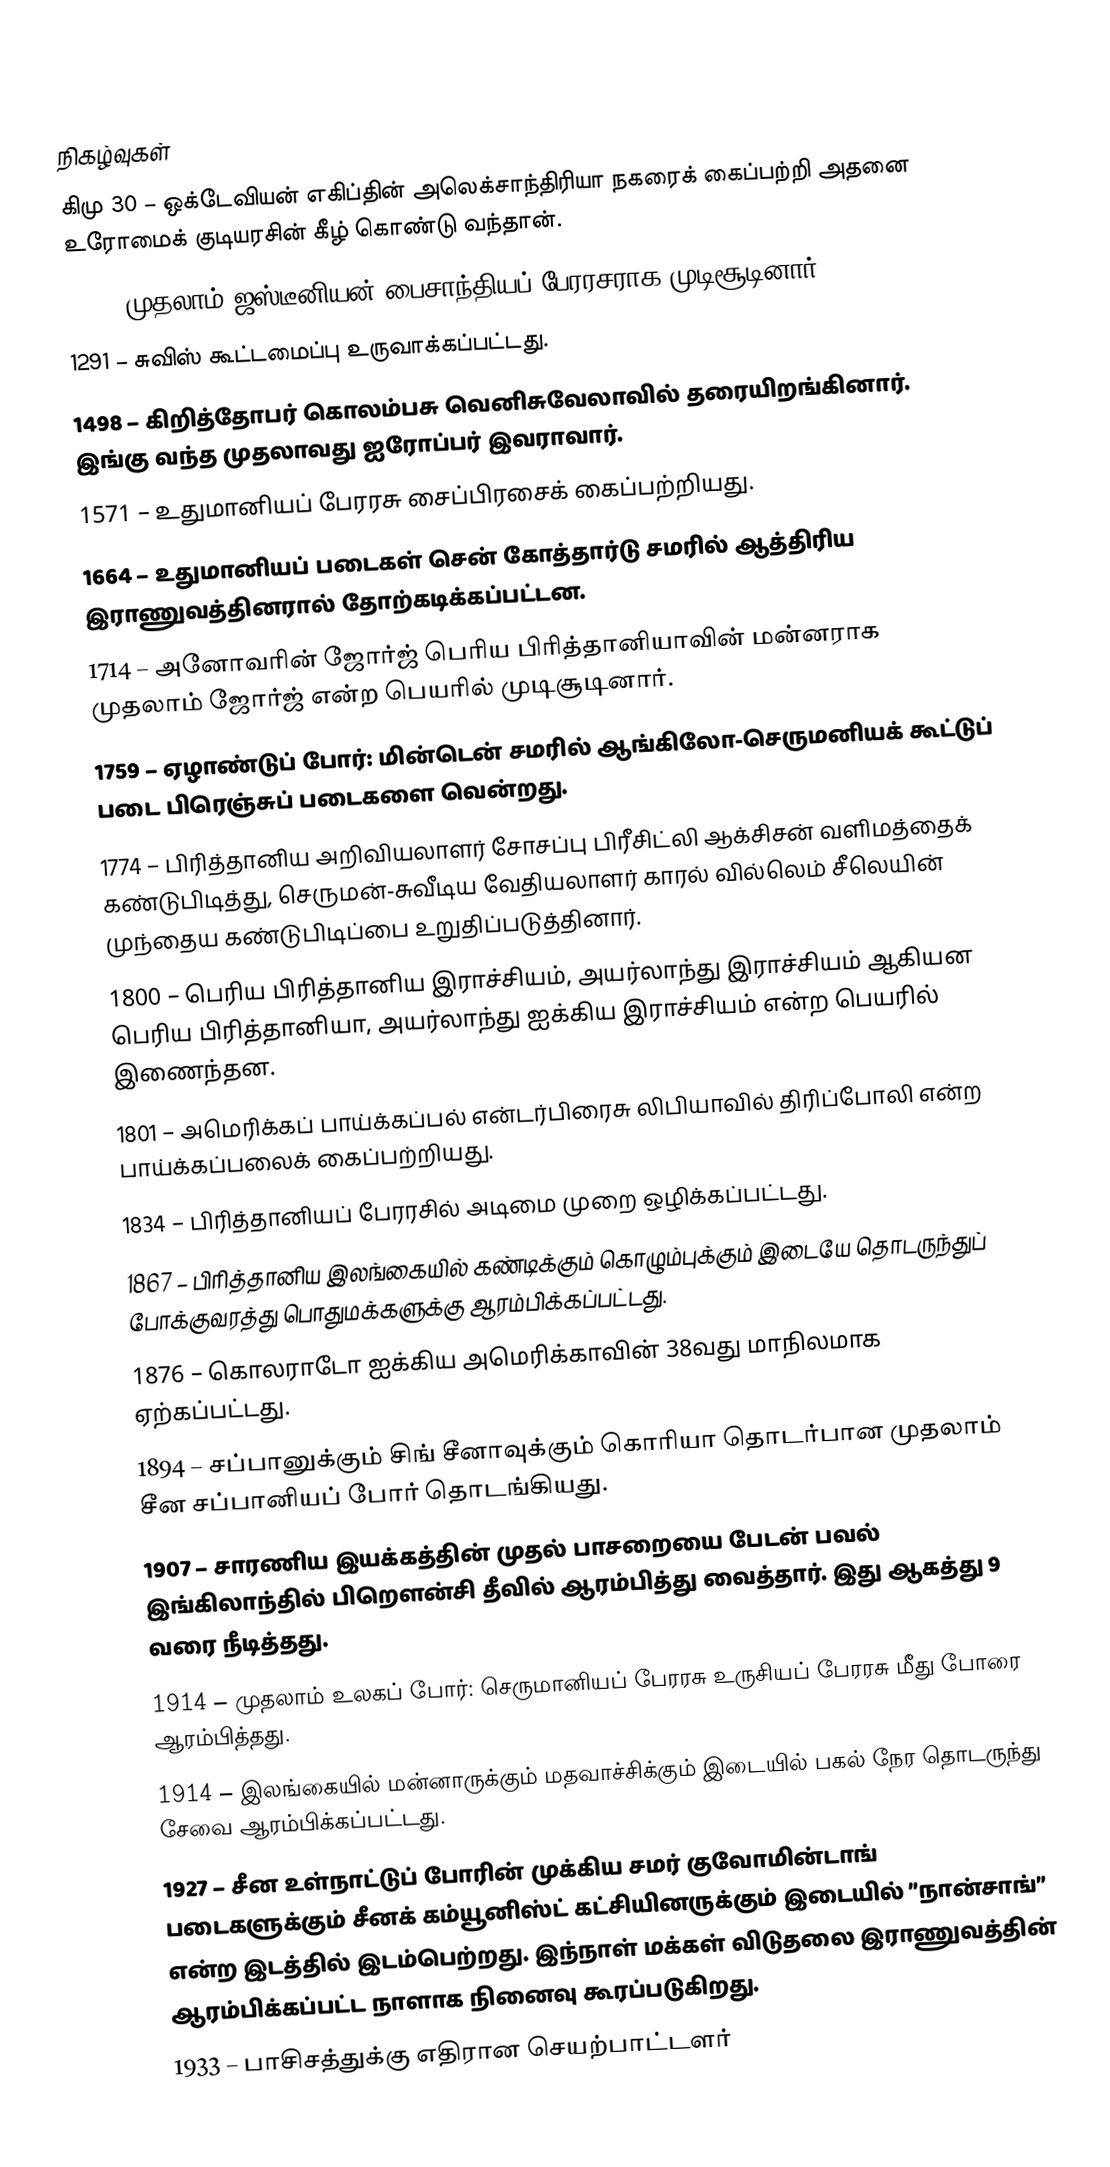

நிகழ்வுகள்
கிமு 30 – ஒக்டேவியன் எகிப்தின் அலெக்சாந்திரியா நகரைக் கைப்பற்றி அதனை உரோமைக் குடியரசின் கீழ் கொண்டு வந்தான்.
527 – முதலாம் ஜஸ்டீனியன் பைசாந்தியப் பேரரசராக முடிசூடினார்.
1291 – சுவிஸ் கூட்டமைப்பு உருவாக்கப்பட்டது.
1498 – கிறித்தோபர் கொலம்பசு வெனிசுவேலாவில் தரையிறங்கினார். இங்கு வந்த முதலாவது ஐரோப்பர் இவராவார்.
1571 – உதுமானியப் பேரரசு சைப்பிரசைக் கைப்பற்றியது.
1664 – உதுமானியப் படைகள் சென் கோத்தார்டு சமரில் ஆத்திரிய இராணுவத்தினரால் தோற்கடிக்கப்பட்டன.
1714 – அனோவரின் ஜோர்ஜ் பெரிய பிரித்தானியாவின் மன்னராக முதலாம் ஜோர்ஜ் என்ற பெயரில் முடிசூடினார்.
1759 – ஏழாண்டுப் போர்: மின்டென் சமரில் ஆங்கிலோ-செருமனியக் கூட்டுப் படை பிரெஞ்சுப் படைகளை வென்றது.
1774 – பிரித்தானிய அறிவியலாளர் சோசப்பு பிரீசிட்லி ஆக்சிசன் வளிமத்தைக் கண்டுபிடித்து, செருமன்-சுவீடிய வேதியலாளர் காரல் வில்லெம் சீலெயின் முந்தைய கண்டுபிடிப்பை உறுதிப்படுத்தினார்.
1800 – பெரிய பிரித்தானிய இராச்சியம், அயர்லாந்து இராச்சியம் ஆகியன பெரிய பிரித்தானியா, அயர்லாந்து ஐக்கிய இராச்சியம் என்ற பெயரில் இணைந்தன.
1801 – அமெரிக்கப் பாய்க்கப்பல் என்டர்பிரைசு லிபியாவில் திரிப்போலி என்ற பாய்க்கப்பலைக் கைப்பற்றியது.
1834 – பிரித்தானியப் பேரரசில் அடிமை முறை ஒழிக்கப்பட்டது.
1867 – பிரித்தானிய இலங்கையில் கண்டிக்கும் கொழும்புக்கும் இடையே தொடருந்துப் போக்குவரத்து பொதுமக்களுக்கு ஆரம்பிக்கப்பட்டது.
1876 – கொலராடோ ஐக்கிய அமெரிக்காவின் 38வது மாநிலமாக ஏற்கப்பட்டது.
1894 – சப்பானுக்கும் சிங் சீனாவுக்கும் கொரியா தொடர்பான முதலாம் சீன சப்பானியப் போர் தொடங்கியது.
1907 – சாரணிய இயக்கத்தின் முதல் பாசறையை பேடன் பவல் இங்கிலாந்தில் பிறௌன்சி தீவில் ஆரம்பித்து வைத்தார். இது ஆகத்து 9 வரை நீடித்தது.
1914 – முதலாம் உலகப் போர்: செருமானியப் பேரரசு உருசியப் பேரரசு மீது போரை ஆரம்பித்தது.
1914 – இலங்கையில் மன்னாருக்கும் மதவாச்சிக்கும் இடையில் பகல் நேர தொடருந்து சேவை ஆரம்பிக்கப்பட்டது.
1927 – சீன உள்நாட்டுப் போரின் முக்கிய சமர் குவோமின்டாங் படைகளுக்கும் சீனக் கம்யூனிஸ்ட் கட்சியினருக்கும் இடையில் ”நான்சாங்” என்ற இடத்தில் இடம்பெற்றது. இந்நாள் மக்கள் விடுதலை இராணுவத்தின் ஆரம்பிக்கப்பட்ட நாளாக நினைவு கூரப்படுகிறது.
1933 – பாசிசத்துக்கு எதிரான செயற்பாட்டளர்